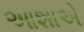
આશાએ